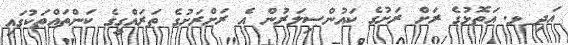
އަދި ޅ. އަތޮޅުގެ ރަށް ރަށުގެ ކައުންސިލަރުން އެ ރަށްރަށުގެ ތަރައްގީގެ ކަންތައްތަކުގައި